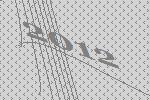
2012